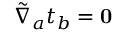
\tilde { \nabla } _ { a } t _ { b } = \mathbf { 0 }